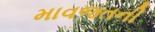
માવજતની